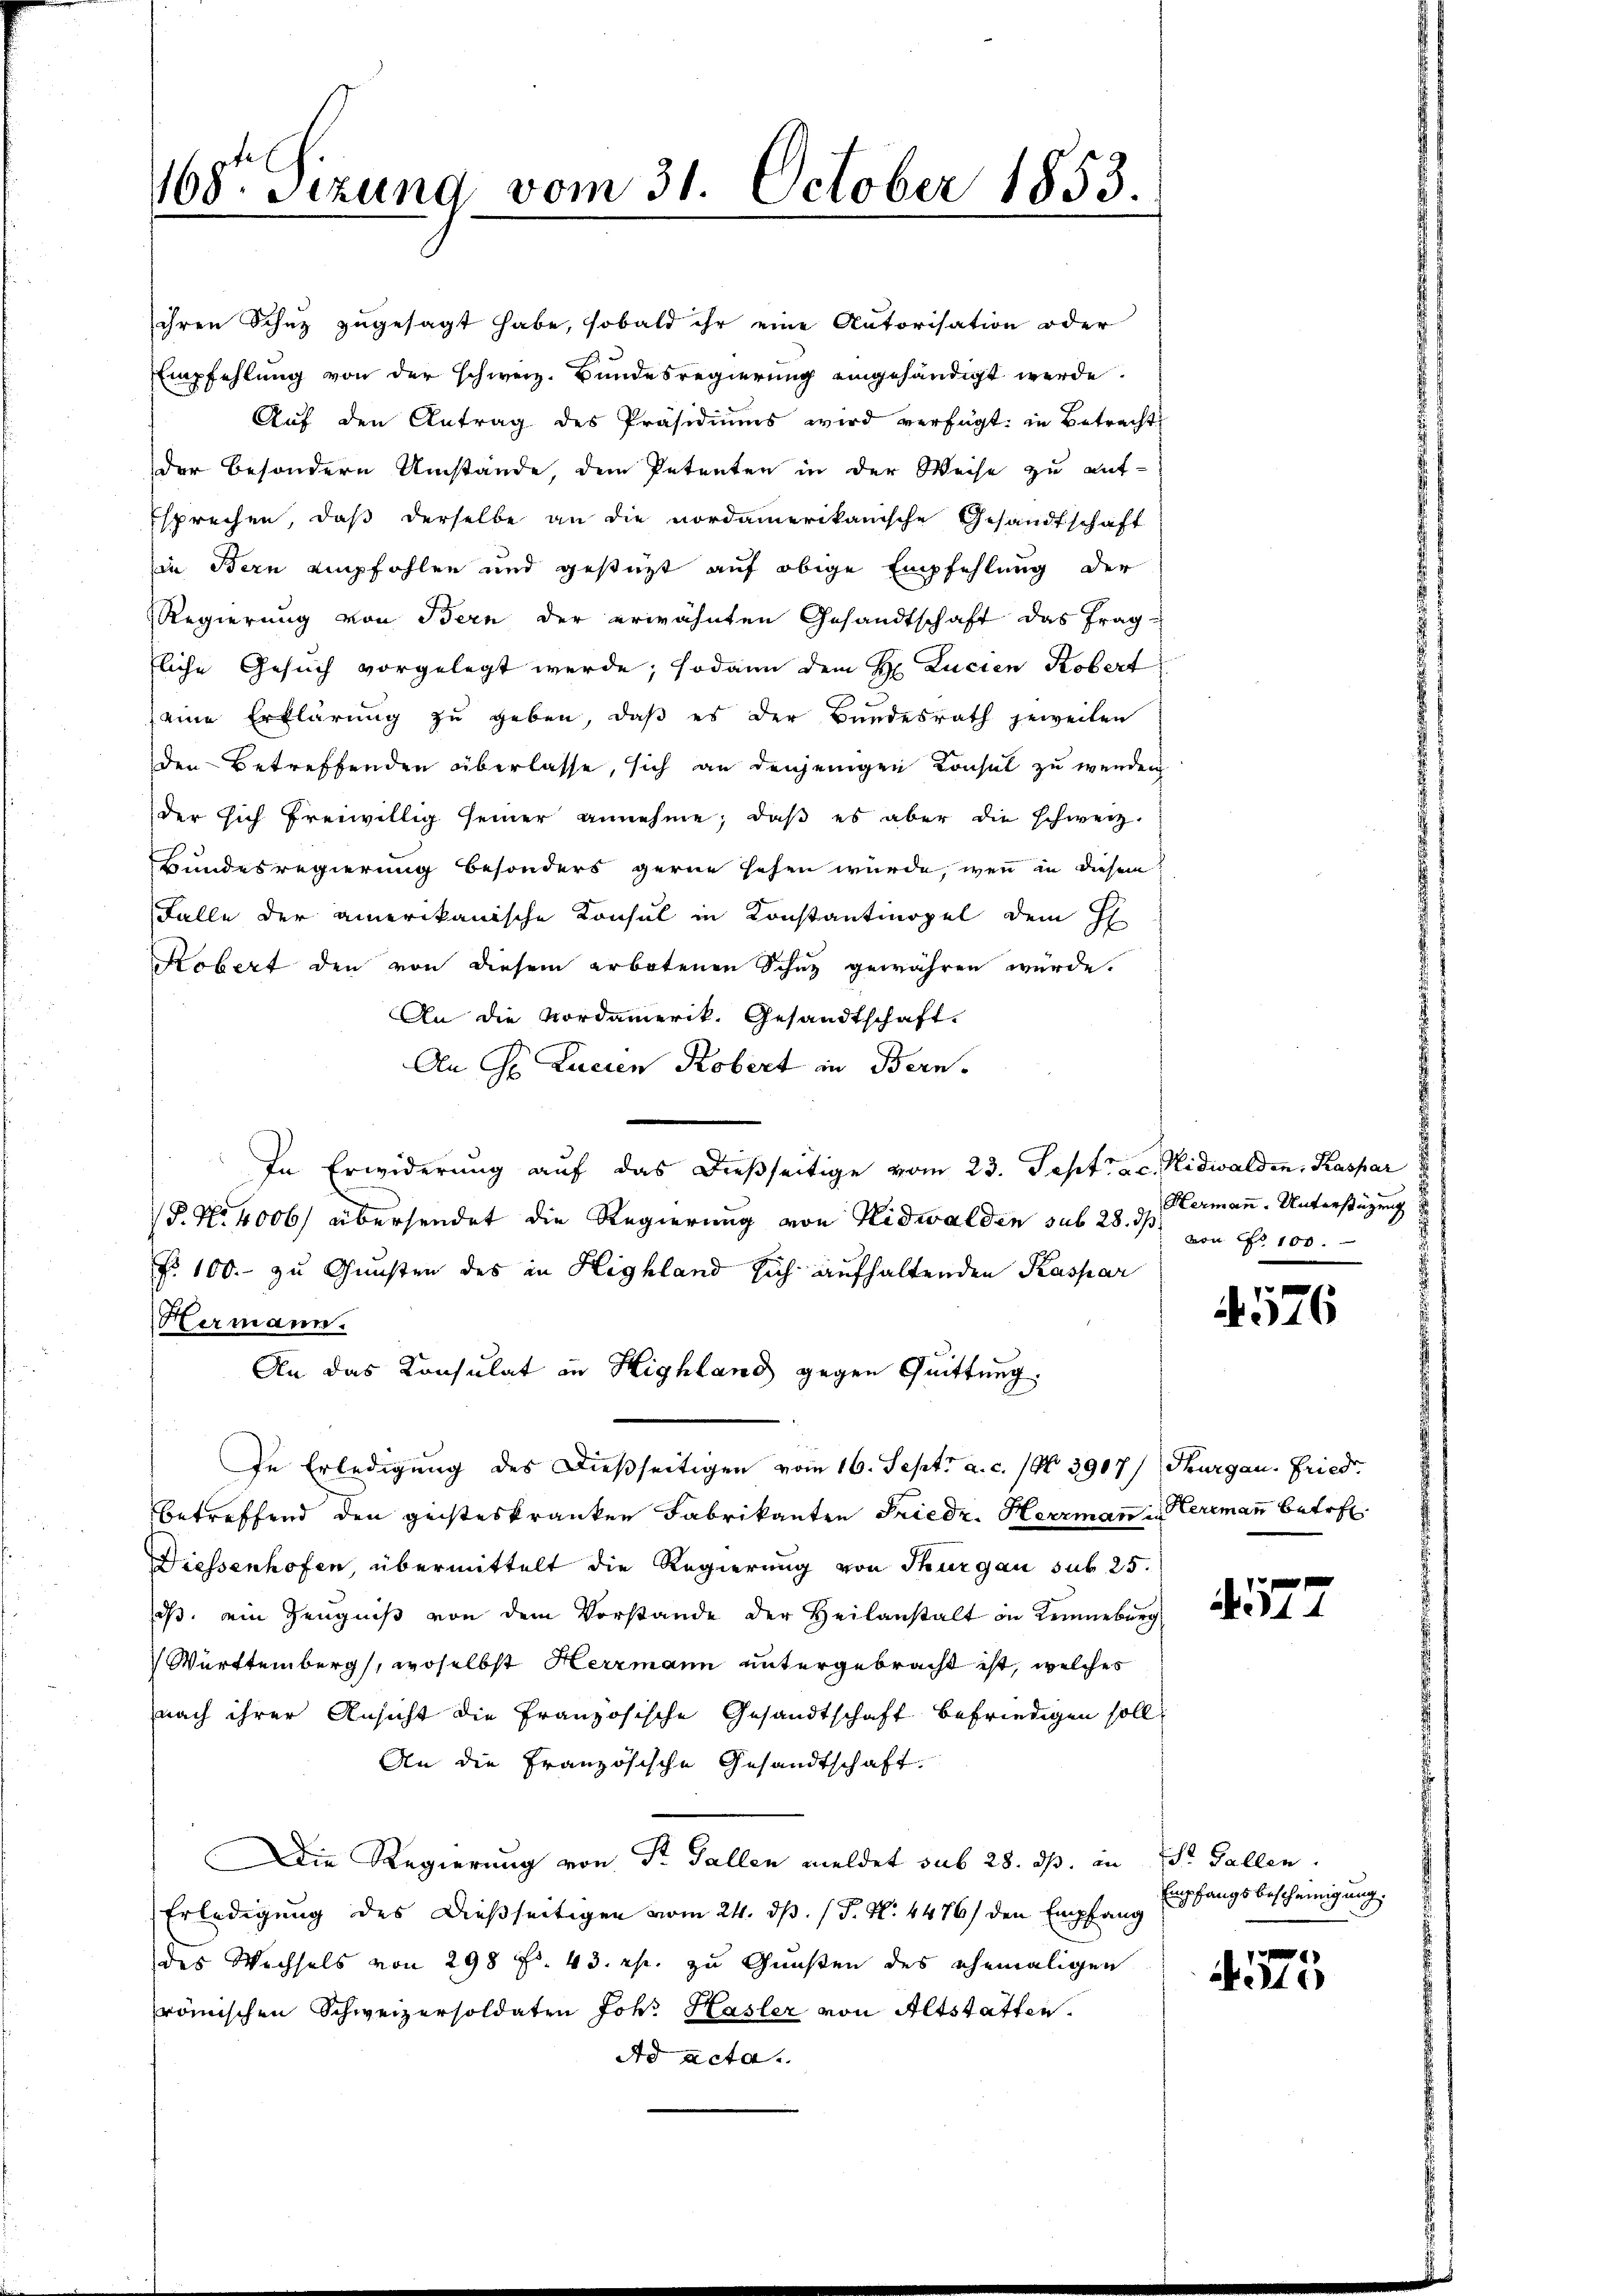
ihren Schutz zugesagt habe, sobald ihr eine Autorisation oder
Empfehlung von der schweiz. Bundesregierung eingehändigt werde.
Aŭf den Antrag des Präsidiŭms wird verfügt: in Betracht
der besondern Umstände, dem Petenten in der Weise zu auf-
Esprechen, daß derselbe an die nordamerikanische Gesandtschaft
in Bern empfohlen und gestüzt auf obige Empfehlung der
Regierung von Bern der erwähnten Gesandtschaft das fragfliche Gesuch vorgelegt werde; sodann dem H. Lucien Kobert
(eine Erklärung zŭ geben, daβ es der Bŭndesrath jeweilen
den Betreffenden überlasse, sich an denjenigen Konsul zu wenden
der sich freiwillig seiner annehme, daβ es aber die schweiz.
Bundesregierung besonders gerne sehen wurde, wenn in diesem
Falle der amerikanische Konsul in Konstantinopel dem H
Robert den von diesem erbotenen Schuz gewähren würde.
An die Nordamerik. Gesandtschaft.
An Hr. Lucien Kobert in Bern.
In Erwiderung auf das dießseitige vom 23. Sept. a. c. Nidwalden, Kaspar
P. No 4000 übersendet die Regierung von Nidwalden sub 28. d. Germann. Unterstützung
Fr. 100. zu Gunsten des in Highland sich aufhaltenden Kaspar
Hermann.
An das Konsulat in Highland gegen Quittung.
In Erledigung des Dießseitigen vom 16. Sept. a. c. (N. 3907/ Thurgau. Fried.
betreffend den geisteskranken Fabrikanten Friedr. Herzmann in Hermann betref
Diessenhofen, übermittelt die Regierung von Thurgau sub 25.
ds. ein Zeugniß von dem Vorstande der Heilanstalt in Kemneburg
Württemberg, woselbst Herrmann untergebracht ist, welches
nach ihrer Ansicht die Französische Gesandtschaft befriedigen soll.
An die Französische Gesandtschaft.
Die Regierung von Dr. Fallen meldet sub 28. ds. in St. Gallen.
Erledigung des Dießseitigen vom 24. ds. (T. N. 4476) den Empfang
des Wechsels von 298 f. 43. r. zu Gunsten des ehemaligen
römischen Schweizersoldaten Joh. Hasler von Altstatten.
Ad acta.

168. Sizung vom 31. October 1853.

von 100.

576

177

Empfangsbescheinigung.

1775